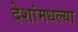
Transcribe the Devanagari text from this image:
देशांमधल्या